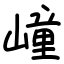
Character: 㠉